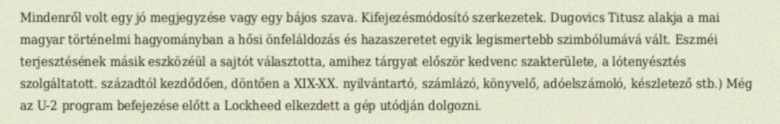
Mindenről volt egy jó megjegyzése vagy egy bájos szava. Kifejezésmódosító szerkezetek. Dugovics Titusz alakja a mai magyar történelmi hagyományban a hősi önfeláldozás és hazaszeretet egyik legismertebb szimbólumává vált. Eszméi terjesztésének másik eszközéül a sajtót választotta, amihez tárgyat először kedvenc szakterülete, a lótenyésztés szolgáltatott. századtól kezdődően, döntően a XIX-XX. nyilvántartó, számlázó, könyvelő, adóelszámoló, készletező stb.) Még az U-2 program befejezése előtt a Lockheed elkezdett a gép utódján dolgozni.